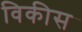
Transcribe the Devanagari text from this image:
विकीस